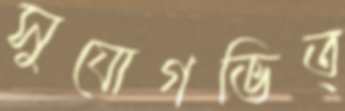
সুযোগভিত্